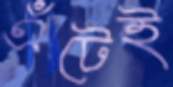
এঁটেই